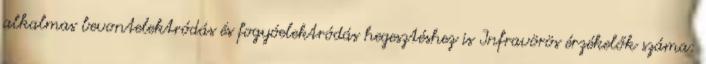
alkalmas bevontelektródás és fogyóelektródás hegesztéshez is Infravörös érzékelők száma: